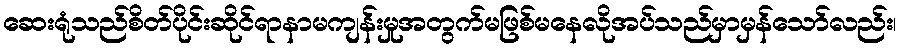
ဆေးရုံသည်စိတ်ပိုင်းဆိုင်ရာနာမကျန်းမှုအတွက်မဖြစ်မနေလိုအပ်သည်မှာမှန်သော်လည်း၊